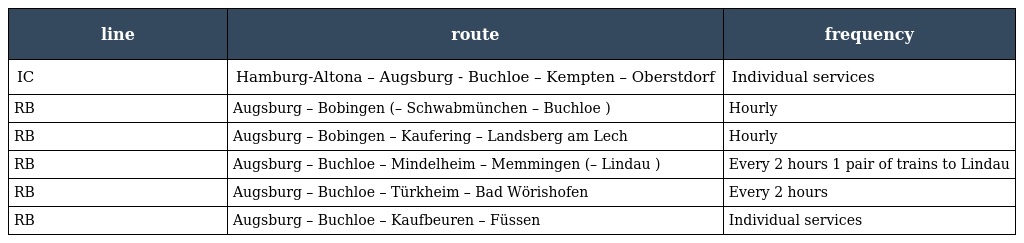
| line | route | frequency |
 | --- | --- | --- |
 | IC | Hamburg-Altona – Augsburg - Buchloe – Kempten – Oberstdorf | Individual services |
 | RB | Augsburg – Bobingen (– Schwabmünchen – Buchloe ) | Hourly |
 | RB | Augsburg – Bobingen – Kaufering – Landsberg am Lech | Hourly |
 | RB | Augsburg – Buchloe – Mindelheim – Memmingen (– Lindau ) | Every 2 hours 1 pair of trains to Lindau |
 | RB | Augsburg – Buchloe – Türkheim – Bad Wörishofen | Every 2 hours |
 | RB | Augsburg – Buchloe – Kaufbeuren – Füssen | Individual services |